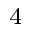
_ 4